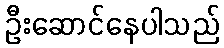
ဦးဆောင်နေပါသည်